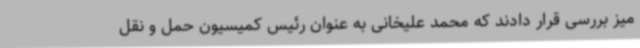
میز بررسی قرار دادند که محمد علیخانی به عنوان رئیس کمیسیون حمل و نقل